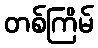
တစ်ကြိမ်